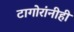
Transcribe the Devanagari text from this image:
टागोरांनीही